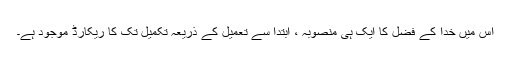
اِس میں خُدا کے فضل کا ایک ہی منصوبہ ، ابتدا سے تعمیل کے ذریعہ تکمیل تک کا ریکارڈ موجود ہے۔